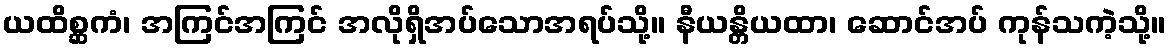
ယထိစ္ဆကံ၊ အကြင်အကြင် အလိုရှိအပ်သောအရပ်သို့။ နီယန္တိယထာ၊ ဆောင်အပ် ကုန်သကဲ့သို့။